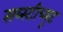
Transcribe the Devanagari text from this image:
सब्स्टीच्यूट